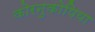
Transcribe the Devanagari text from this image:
कोरनुकोपिया